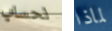
لحساب لماذا